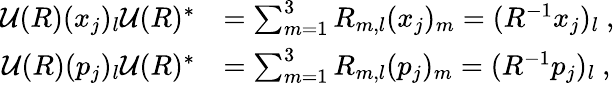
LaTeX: \begin{array}{rl}{\mathcal{U}(R)(x_{j})_{l}\mathcal{U}(R)^{*}}&{=\sum_{m=1}^{3}R_{m,l}(x_{j})_{m}=(R^{-1}x_{j})_{l}\ ,}\\ {\mathcal{U}(R)(p_{j})_{l}\mathcal{U}(R)^{*}}&{=\sum_{m=1}^{3}R_{m,l}(p_{j})_{m}=(R^{-1}p_{j})_{l}\ ,}\end{array}